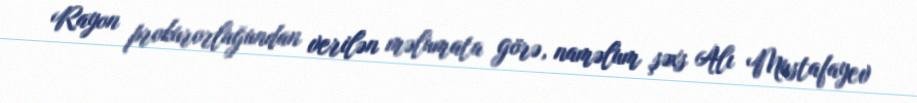
Rayon prokurorluğundan verilən məlumata görə, naməlum şəxs Alı Mustafayev